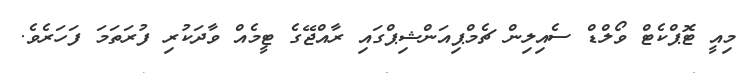
މިއީ ޓޮޕްކެޓް ވޯލްޑް ސެއިލިން ޗެމްޕިއަންޝިޕްގައި ރާއްޖޭގެ ޓީމެއް ވާދަކުރި ފުރަތަމަ ފަހަރެވެ.